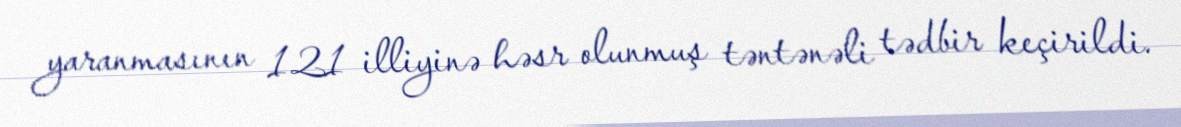
yaranmasının 121 illiyinə həsr olunmuş təntənəli tədbir keçirildi.